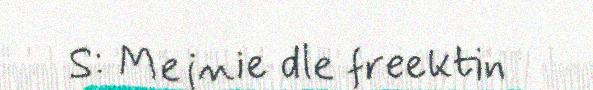
S: Mejnie dle freektin